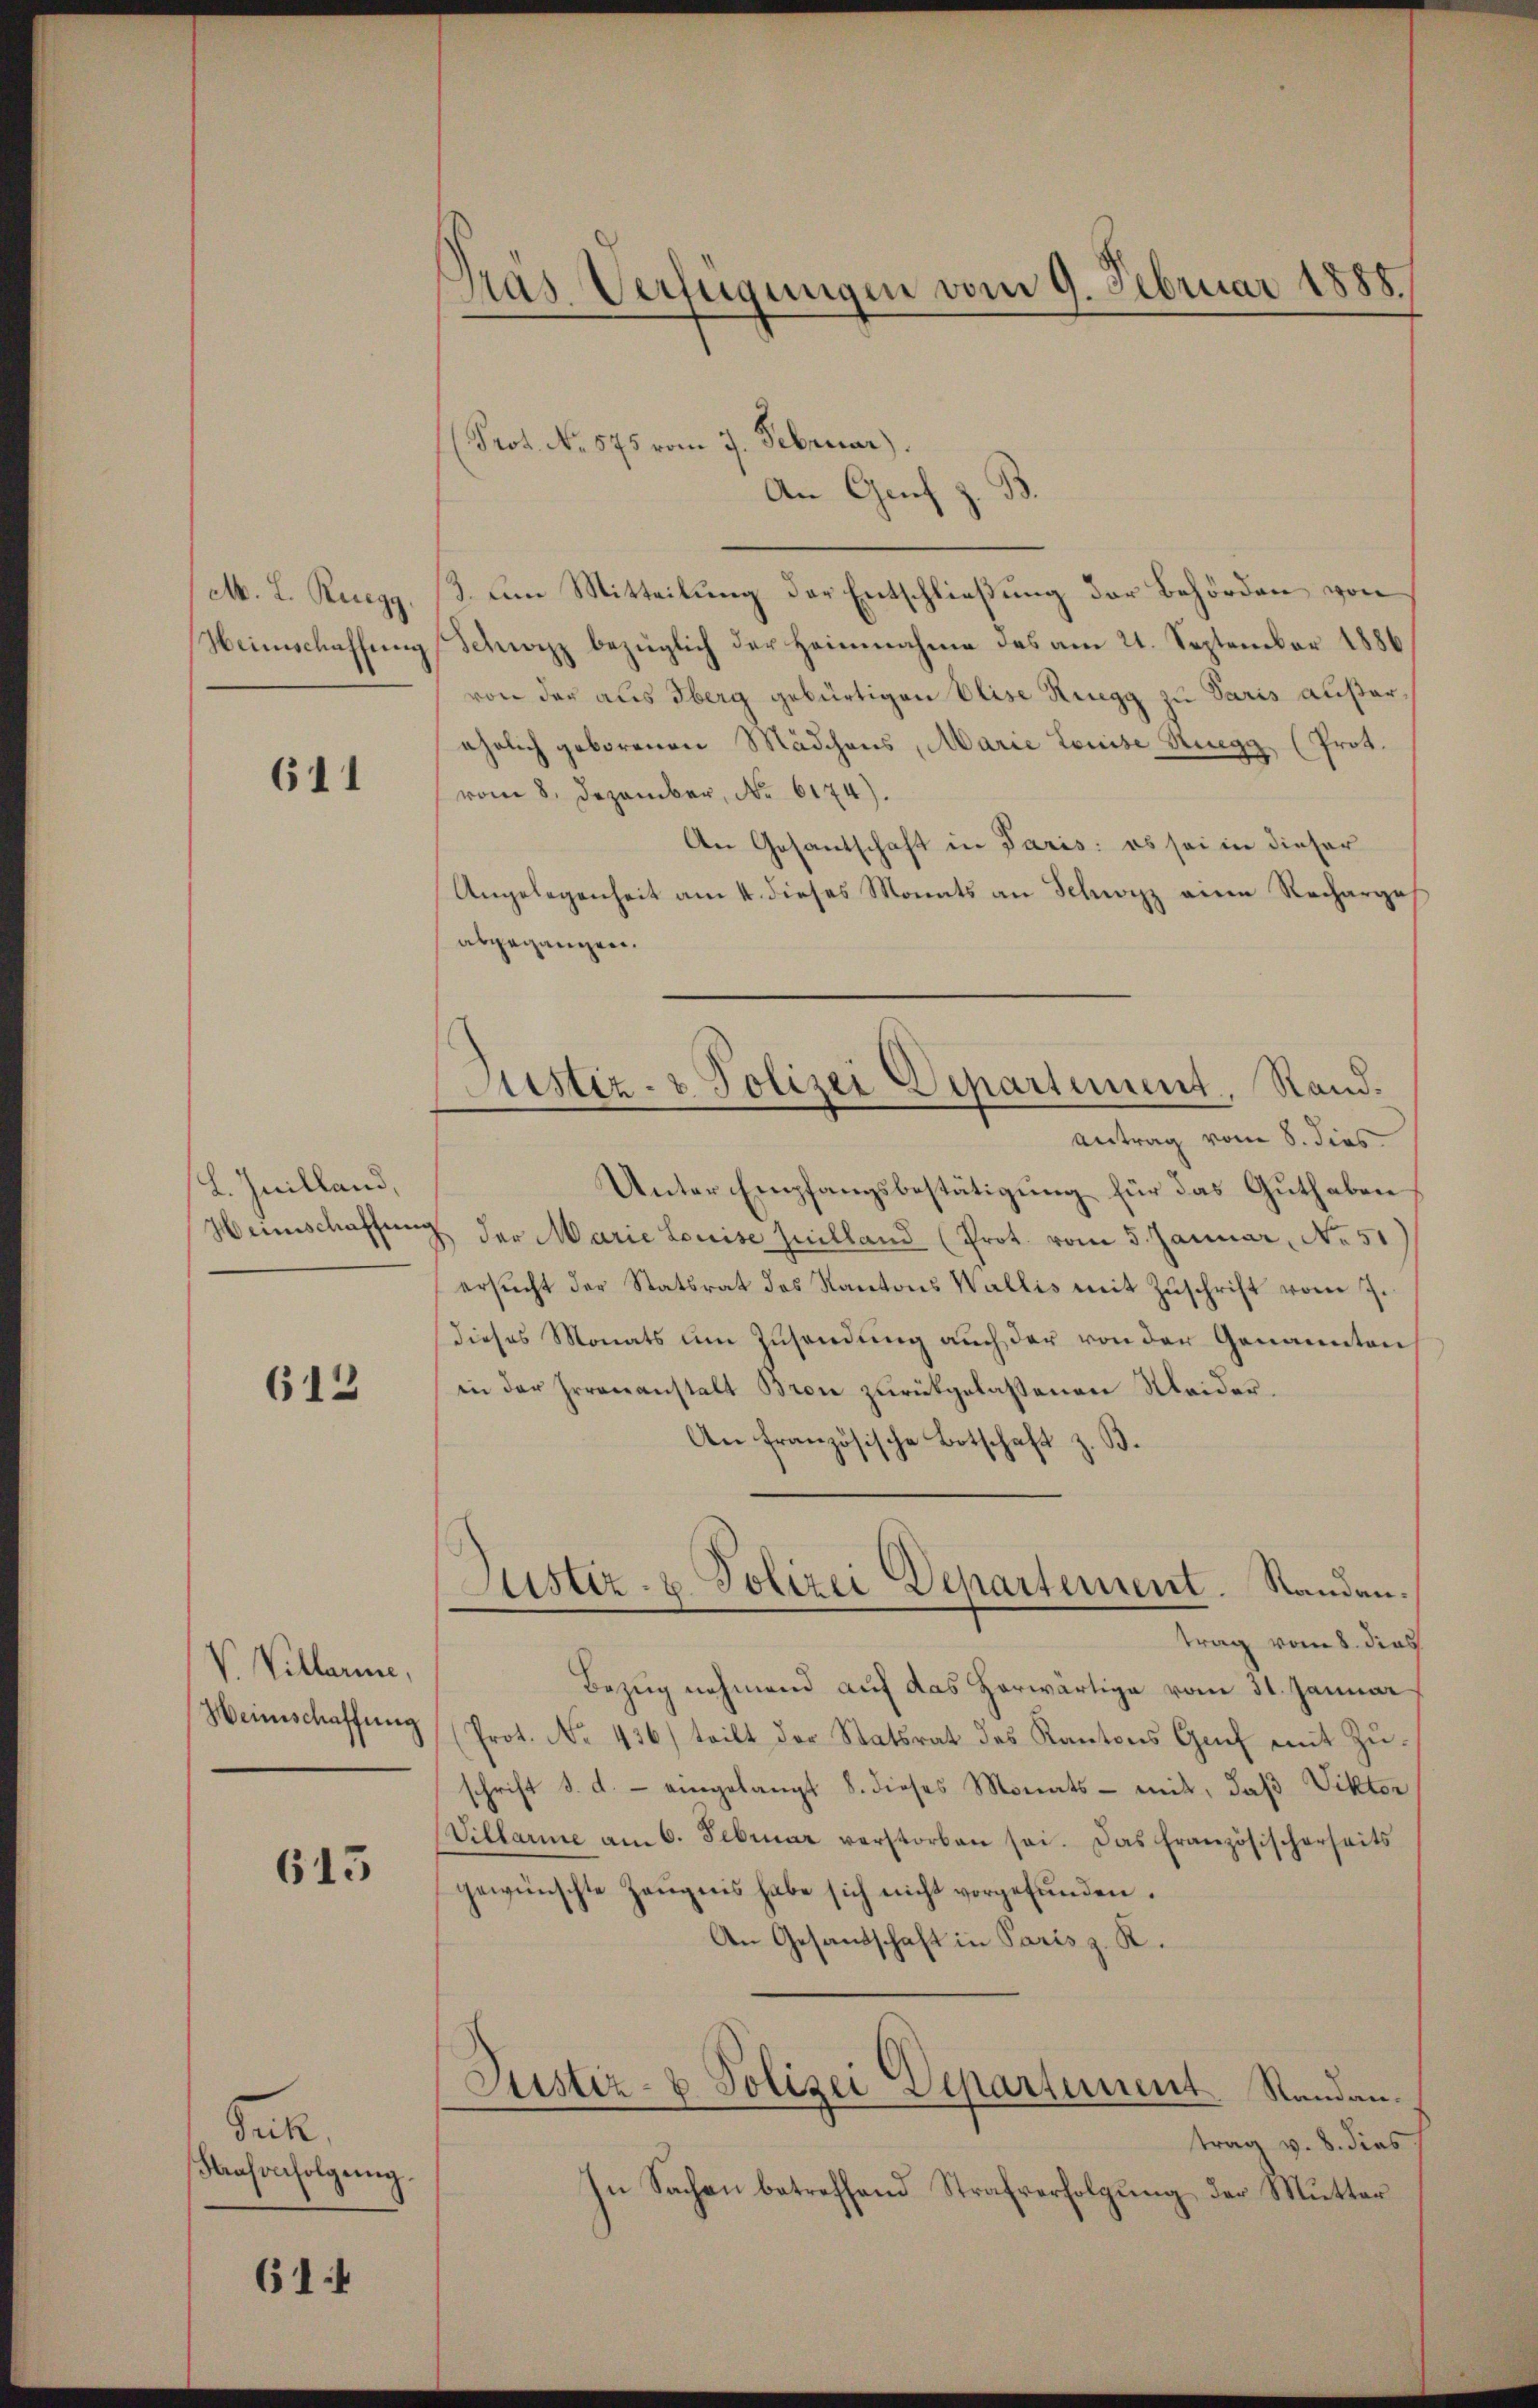
M. L. Ruegg,
Heimschaffung

611

L. Juilland,
Heinschaffung

612

V. Villarie,
Weinschaffung

615

Jah
Krahonfolgŭng.

614

Gras Verfügungen vom 9. Februar 1888

Prot. No. 575 vom 7. Februar).
An Genf z.
3. Dem Mitteilung der Entschließung der Behörden von
Schweiz bezüglich der Heinnahme das am 21. September 1886
von der aus Oberg gebürtigen Elise Ruegg zu Paris außerährlich geborenen Mädchens, Marie Louise Ruegg, (Prot.
vom 8. Dezember, No 6174).
An Gesantschaft in Paris: es sei in dieser
Angelegenheit am 4. dieses Monats an Schwyz eine Recharge
abgegangen.
Antrag vom 8. dies
Unter Empfangsbestätigung für das Guthaben
der Marie Louise filland (Prot. vom 5. Januar, No 51
ersucht der Statsrat des Kantons Wallis mit Zuschrift vom 7.
dieses Monats um Zusendung auch der von der Genannten
in der Irrenanstalt Bron zurückgelassenen Meider¬
An französische Botschaft z. B.
Justiz- u. Polizei Departement. Standen.
e
trag vom 8. dies
Bezug nehmend auf das Horwärtige vom 31. Januar
Prot. No. 436) teilt der Statsrat des Kantons Genf mit Zŭ-
schrift d. d. eingelangt 8. dieses Monats - mit, daß Viktor
Villarie am 6. Februar verstorben sei. Das Französischerseits
gewünschte Zeŭgnis habe sich nicht vorgefunden.
An Gesandtschaft in Paris z. K.
Justiz- & Polizei Departement. Standantrag v. 8. dies
In Sachen betreffend Strafverfolgung der Mutter

.

Justiz- & Polizei Departement, Stand.